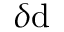
\delta \mathrm { d }